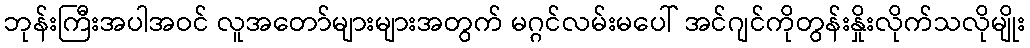
ဘုန်းကြီးအပါအဝင် လူအတော်များများအတွက် မဂ္ဂင်လမ်းမပေါ် အင်ဂျင်ကိုတွန်းနှိုးလိုက်သလိုမျိုး